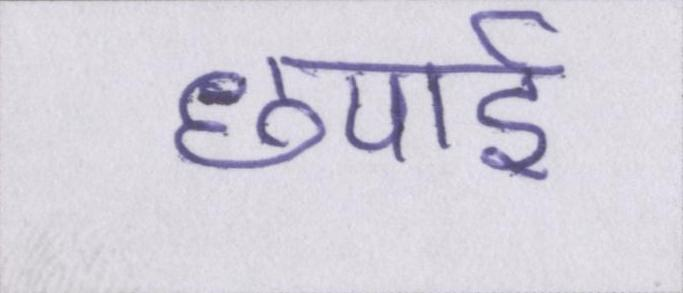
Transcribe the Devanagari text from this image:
छपाई